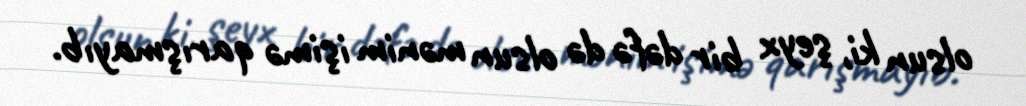
olsun ki, şeyx bir dəfə də olsun mənim işimə qarışmayıb.